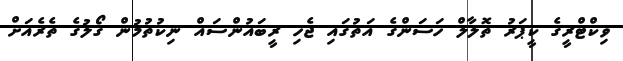
ވިކްޓްރީގެ ކީޕަރު ތޮލާލް ހަސަންގެ އަތުގައި ޖެހި ރީބައުންސައް ނިކުތުމުން ގޯލުގެ ތެރެއަށް